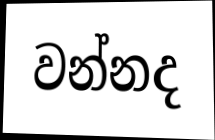
වන්නද